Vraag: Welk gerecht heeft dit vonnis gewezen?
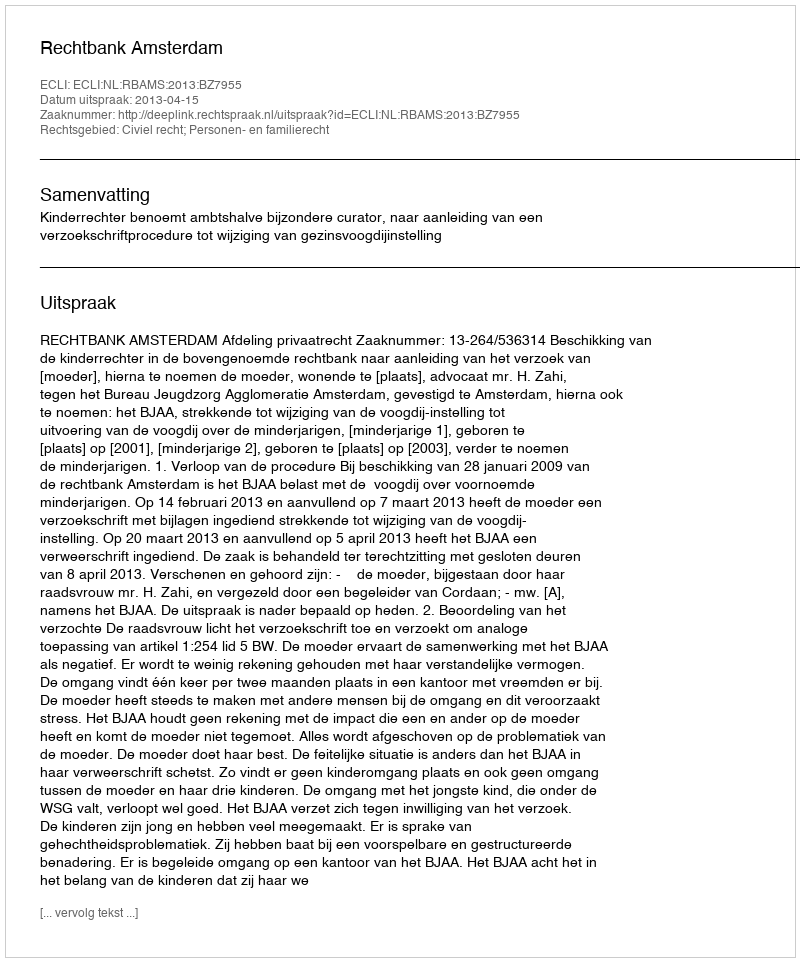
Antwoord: Rechtbank Amsterdam